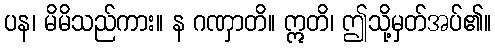
ပန၊ မိမိသည်ကား။ န ဂဏှာတိ။ ဣတိ၊ ဤသို့မှတ်အပ်၏။